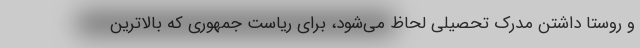
و روستا داشتن مدرک تحصیلی لحاظ می‌شود، برای ریاست جمهوری که بالاترین